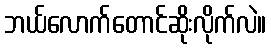
ဘယ်လောက်တောင်ဆိုးလိုက်လဲ။